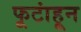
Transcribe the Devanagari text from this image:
फूटांहून